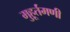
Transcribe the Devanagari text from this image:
मुहूर्तमणी